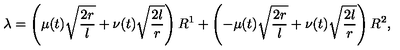
\lambda = \left( \mu ( t ) \sqrt { \frac { 2 r } { l } } + \nu ( t ) \sqrt { \frac { 2 l } { r } } \right) R ^ { 1 } + \left( - \mu ( t ) \sqrt { \frac { 2 r } { l } } + \nu ( t ) \sqrt { \frac { 2 l } { r } } \right) R ^ { 2 } ,